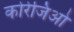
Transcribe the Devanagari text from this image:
कोरेजिओ